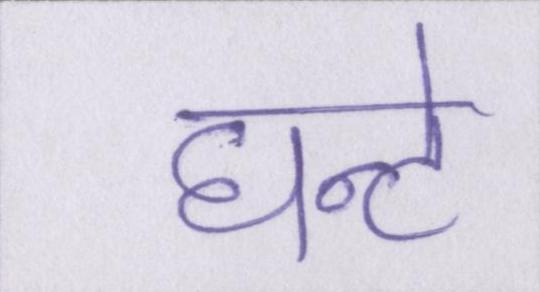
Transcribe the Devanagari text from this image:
घन्टे